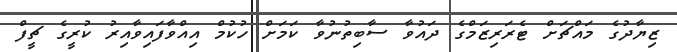
ޒިޔާދުގެ މައްޗަށް ޓެރަރިޒަމްގެ ދައުވާ ސާބިތުނުވާ ކަމަށް ހުކުމް އިއްވާފައިވާއިރު ކުރީގެ ޗީފް